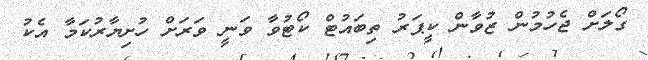
ގޯލަށް ޖެހުމުން ޒުވާން ކީޕަރު ތިބައުޓް ކޯޓުވާ ވަނީ ވަރަށް ހުށިޔާރުކަމާ އެކު